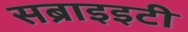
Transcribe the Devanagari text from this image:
सब्राइइटी